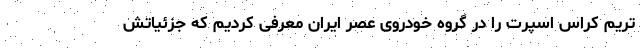
تریم کراس اسپرت را در گروه خودروی عصر ایران معرفی کردیم که جزئیاتش